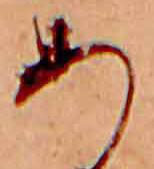
あ